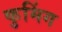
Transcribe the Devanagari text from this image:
कुमिंग